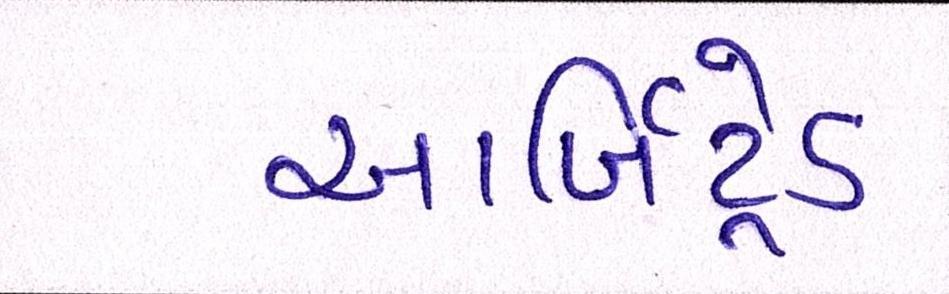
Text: આર્બિટ્રેડ